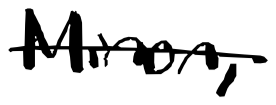
Text: Minor,
Cross-out: single-line
Writing tool: digital_black